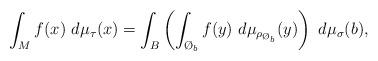
LaTeX: \begin{align*} \int_M f(x)\ d\mu_{\tau}(x) =\int_B\left(\int_{\O_b}f(y)\ d\mu_{\rho_{\O_b}}(y) \right)\ d\mu_{\sigma}(b),\end{align*}